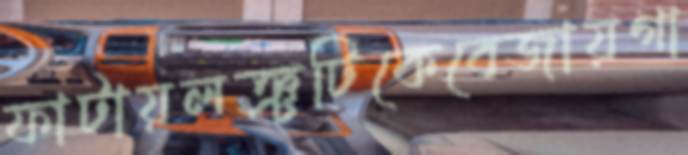
ফাটায়লঞ্চটিকেবেজায়গা